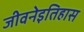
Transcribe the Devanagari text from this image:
जीवनेइतिहास